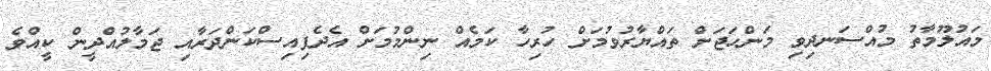
މައުލޫމާތު މުއްސަނދިވި މަންހަޖަށް ތައްޔާރުވުމަށް ހުރިހާ ކަމެއް ނިންމުމަށް އެދެފިއިސްކަންދަރާއި ޖަމާލުއްދީން ކީއްވެ